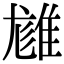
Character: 𨿙